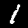
Label: 1